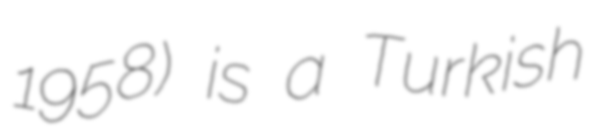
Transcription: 1958) is a Turkish